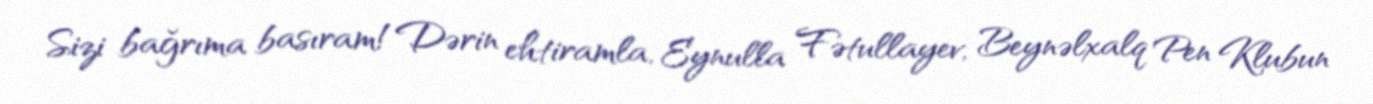
Sizi bağrıma basıram!Dərin ehtiramla, Eynulla Fətullayev, Beynəlxalq Pen Klubun